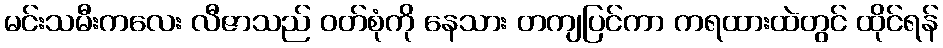
မင်းသမီးကလေး လီဇာသည် ဝတ်စုံကို နေသား တကျပြင်ကာ ကရထားထဲတွင် ထိုင်ရန်